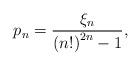
LaTeX: \begin{align*}p_n = \frac{\displaystyle \xi_n}{\displaystyle \left( n! \right)^{2n} -1} ,\end{align*}